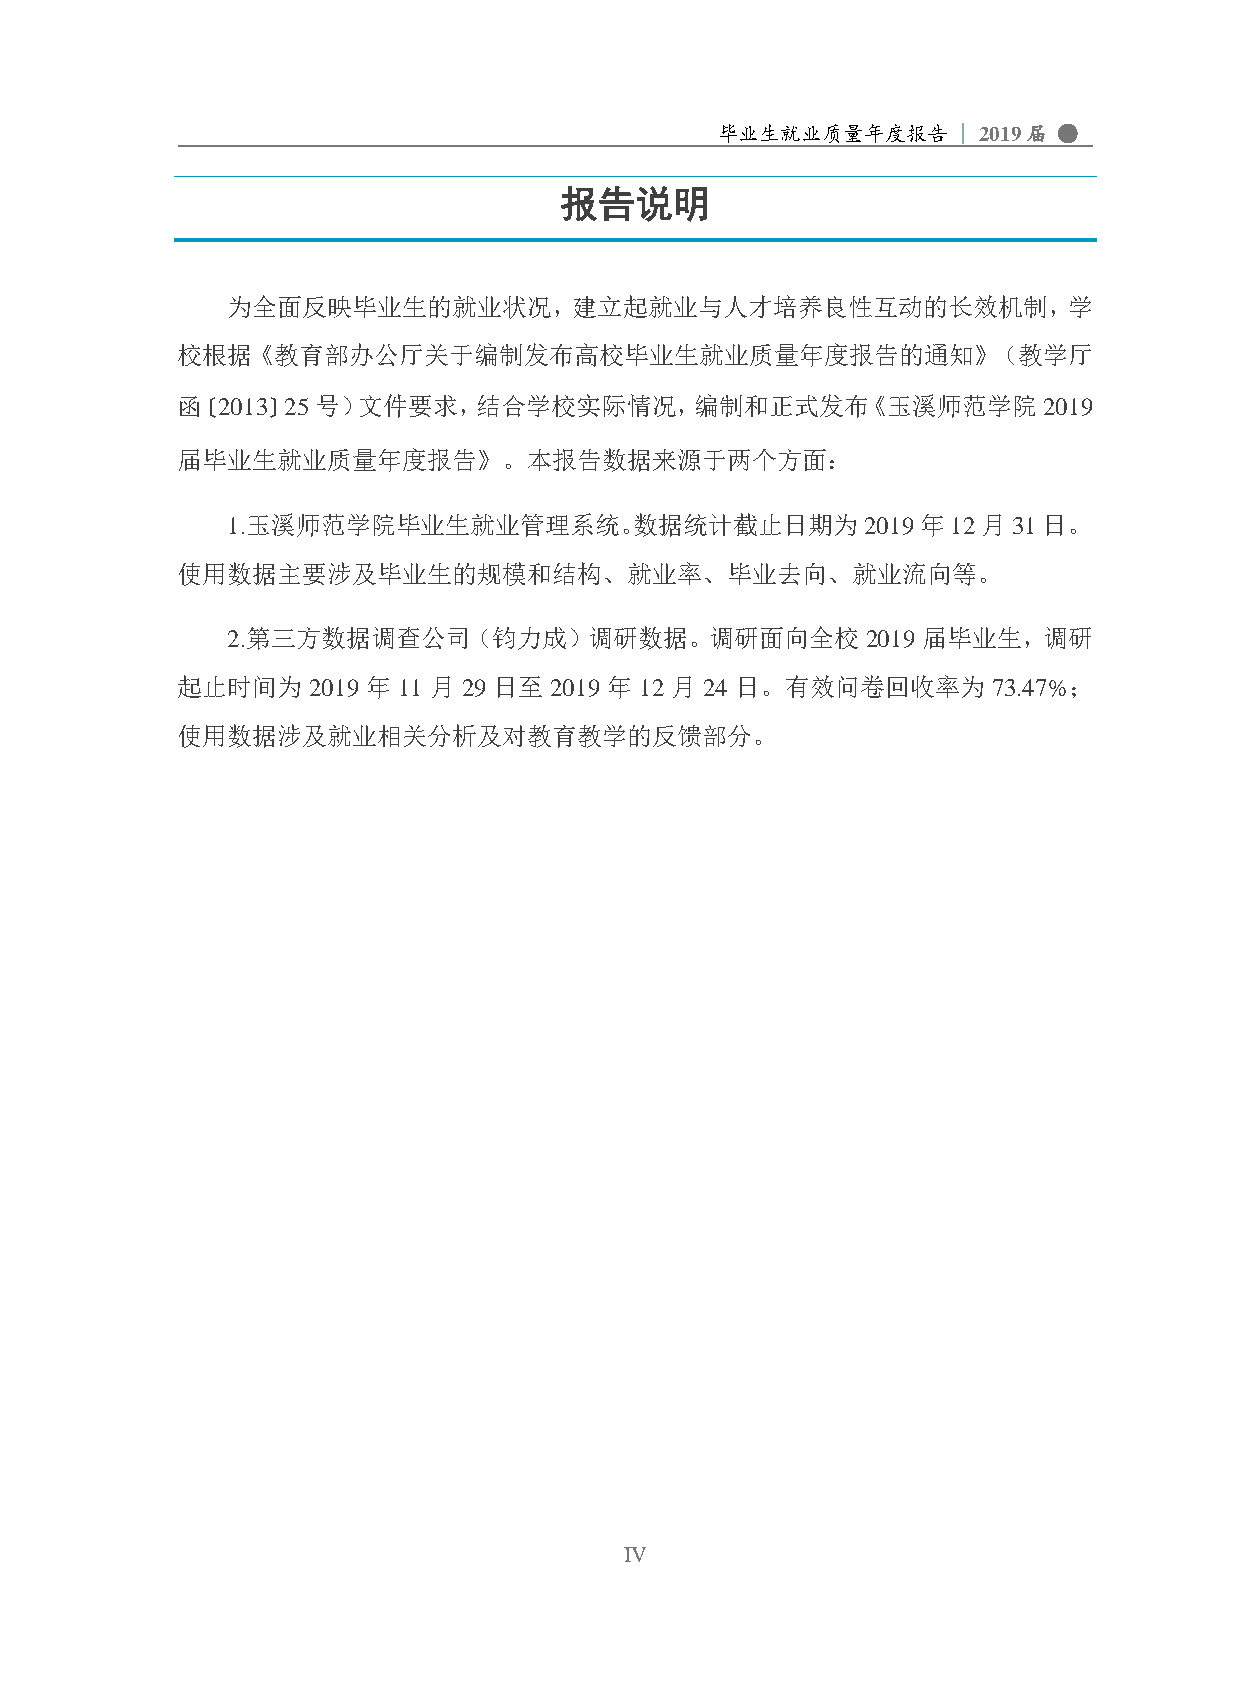
毕业生就业质量年度报告    | 2019届 ●
 报告说明
 为全面反映毕业生的就业状况，建立起就业与人才培养良性互动的长效机制，学
 校根据《教育部办公厅关于编制发布高校毕业生就业质量年度报告的通知》（教学厅
 函〔2013〕25号）文件要求，结合学校实际情况，编制和正式发布《玉溪师范学院2019
 届毕业生就业质量年度报告》。本报告数据来源于两个方面：
 1.玉溪师范学院毕业生就业管理系统。数据统计截止日期为2019年12月31日。
 使用数据主要涉及毕业生的规模和结构、就业率、毕业去向、就业流向等。
 2.第三方数据调查公司（钧力成）调研数据。调研面向全校2019届毕业生，调研
 起止时间为   2019 年 11 月 29 日至 2019 年 12 月 24 日。有效问卷回收率为   73.47%；
 使用数据涉及就业相关分析及对教育教学的反馈部分。
 IV